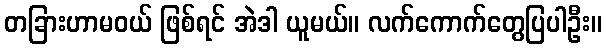
တခြားဟာမဝယ် ဖြစ်ရင် အဲဒါ ယူမယ်။ လက်ကောက်တွေပြပါဦး။